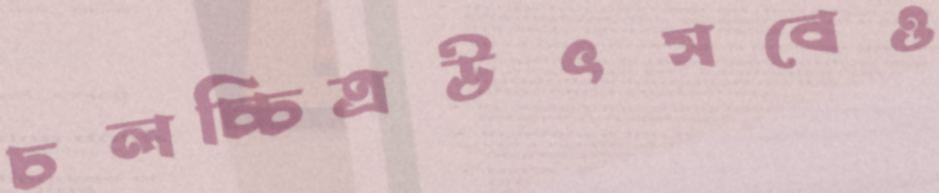
চলচ্চিত্রউৎসবেও